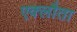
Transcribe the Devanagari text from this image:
एक्लौता